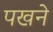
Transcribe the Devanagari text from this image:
पखने